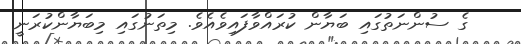
ގެ ސުންނަތުގައި ބަޔާން ކުރައްވާފައިވެއެވެ. މިތަނުގައި މިބަޔާންކުރަނީ